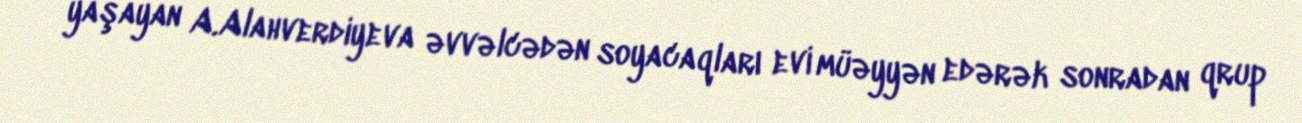
yaşayan A.Alahverdiyeva əvvəlcədən soyacaqları evi müəyyən edərək sonradan qrup